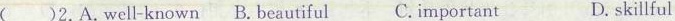
( )2.A.Well-known B. Beautiful C. Important D.skillful